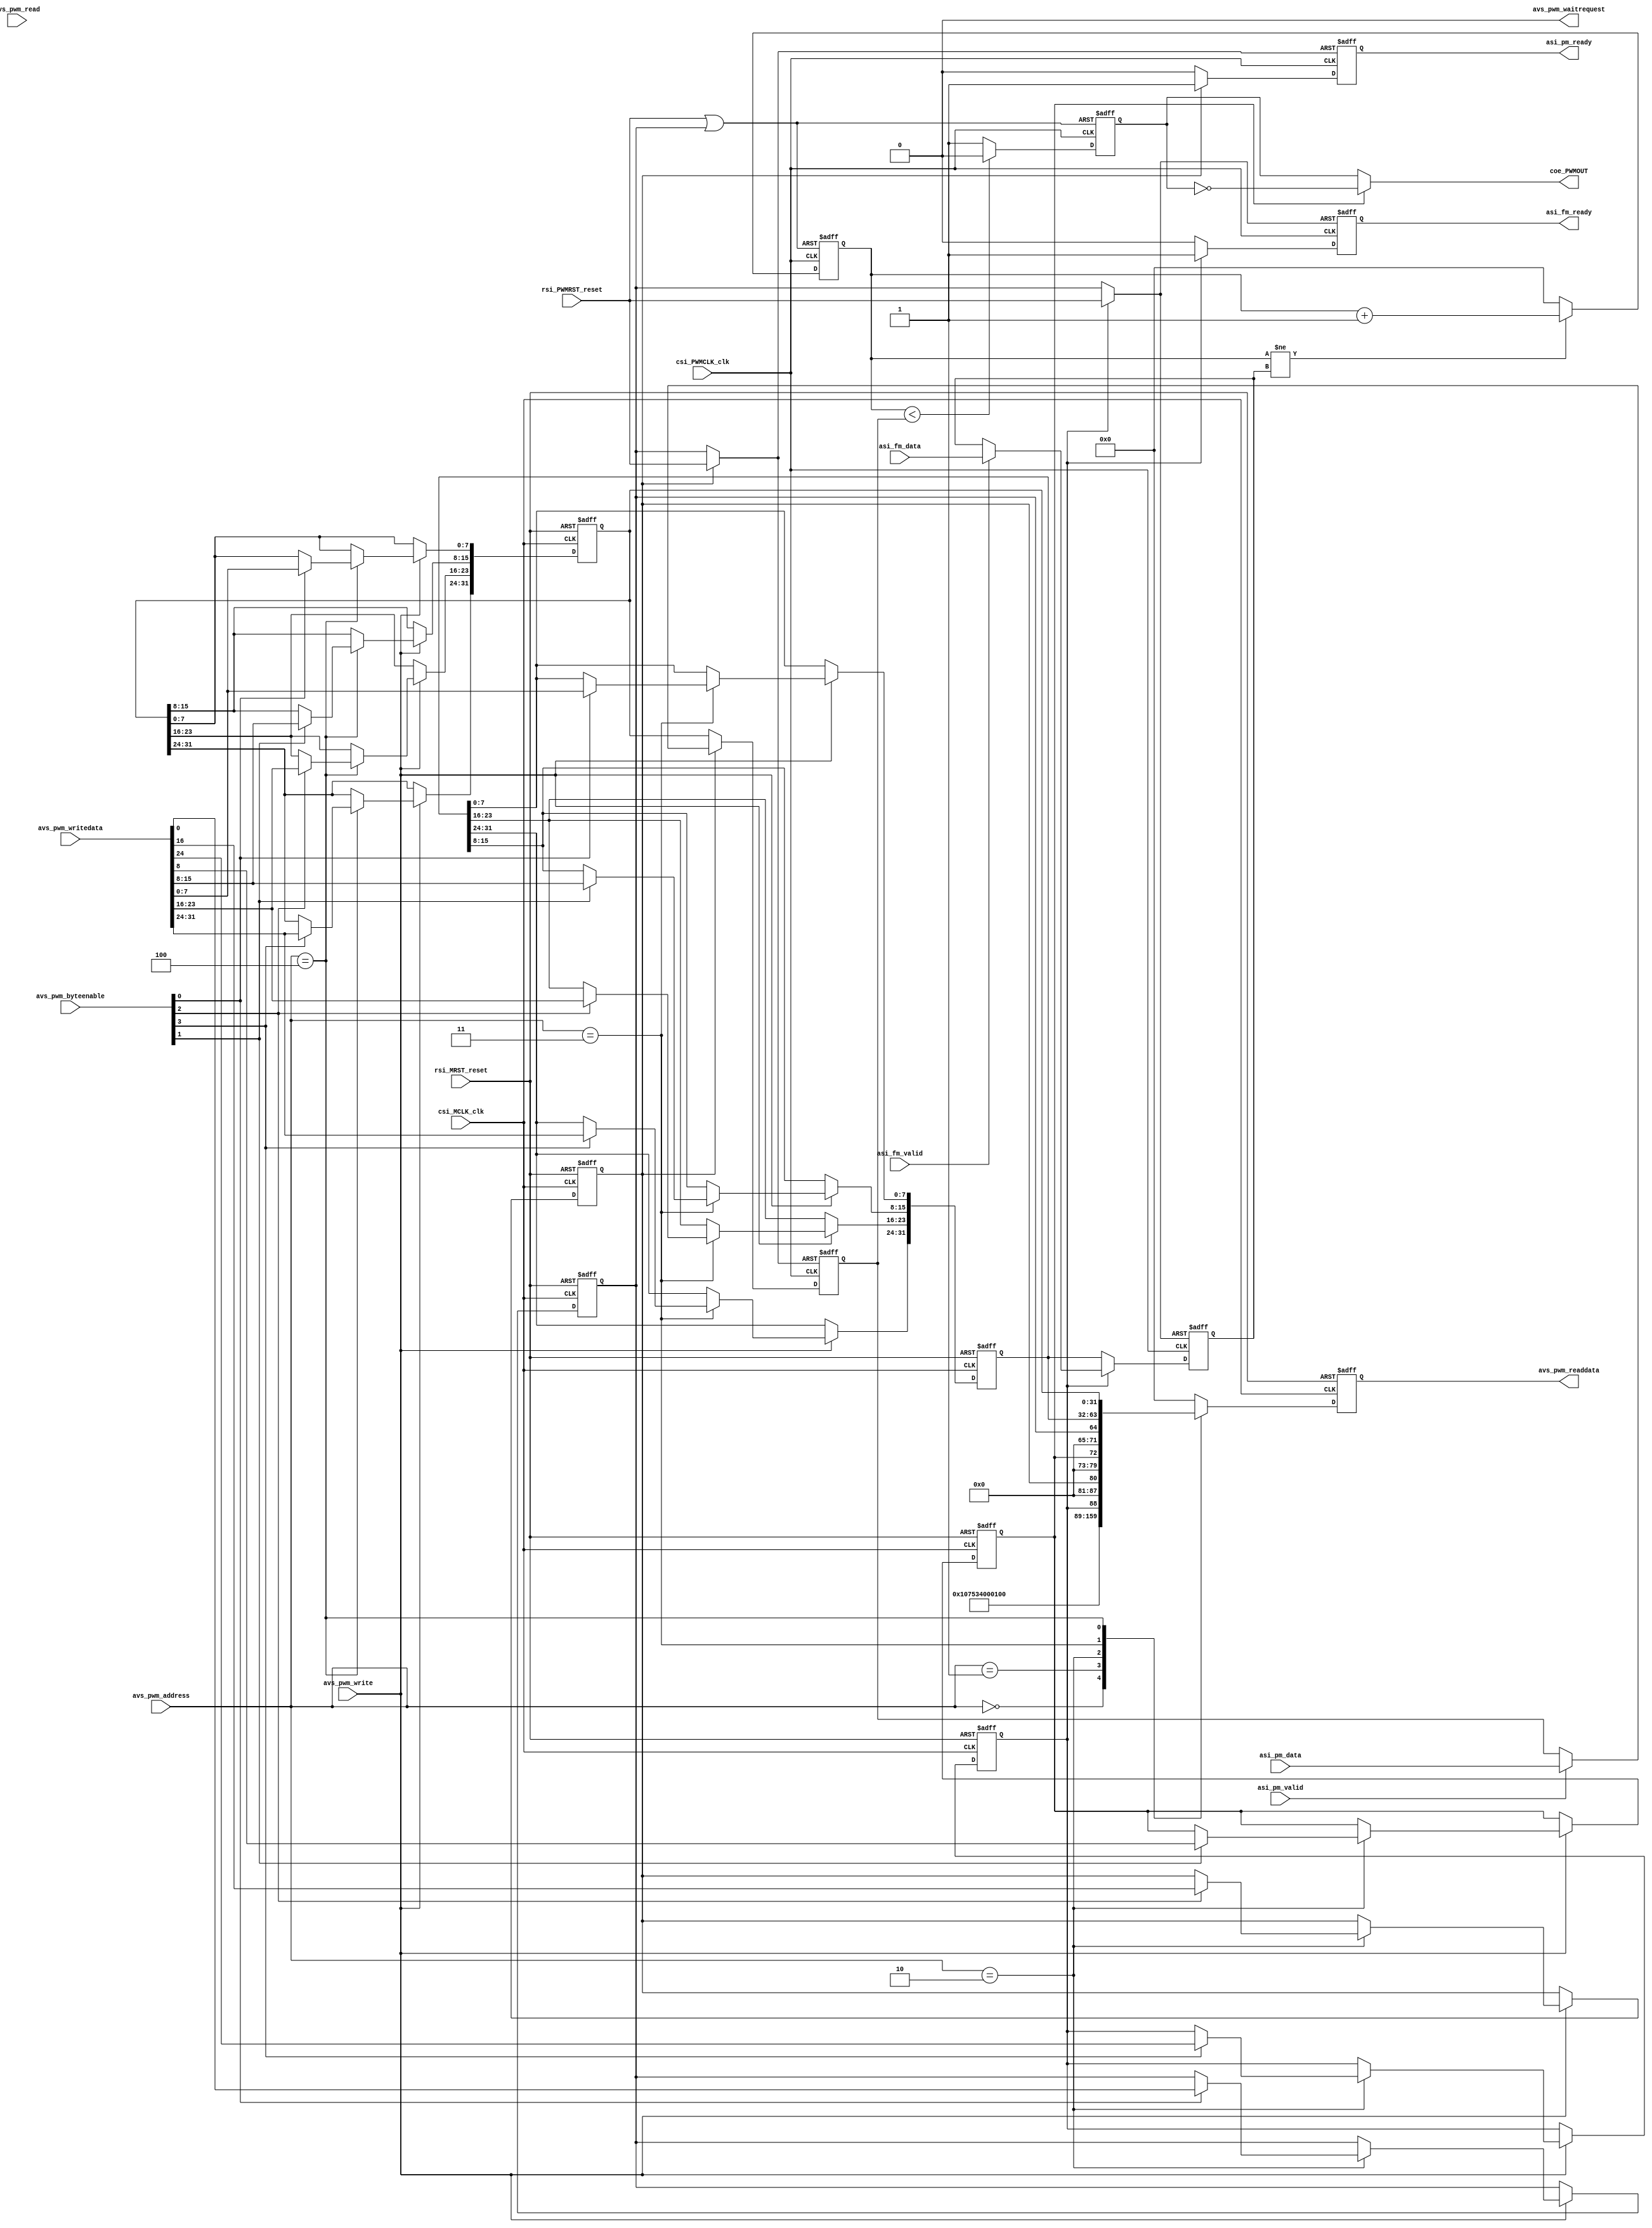
module grid_PWM(
input					rsi_MRST_reset,
input					csi_MCLK_clk,

input		[31:0]	avs_pwm_writedata,
output	[31:0]	avs_pwm_readdata,
input		[2:0]		avs_pwm_address,
input		[3:0]		avs_pwm_byteenable,
input					avs_pwm_write,
input					avs_pwm_read,
output				avs_pwm_waitrequest,

input					rsi_PWMRST_reset,
input					csi_PWMCLK_clk,

input		[31:0]	asi_fm_data,
input					asi_fm_valid,
output				asi_fm_ready,

input		[31:0]	asi_pm_data,
input					asi_pm_valid,
output				asi_pm_ready,

output				coe_PWMOUT
);

assign	avs_pwm_readdata = read_data;
assign	avs_pwm_waitrequest = 1'b0;
assign	asi_fm_ready = fm_ready;
assign	asi_pm_ready = pm_ready;
assign	coe_PWMOUT = (out_inv) ? ~pwm_out : pwm_out;

reg		[31:0]	read_data = 0;

reg					out_inv = 0;
reg					asi_gate_en = 0;
reg					asi_dtyc_en = 0;
reg					r_reset = 1;
reg		[31:0]	r_gate = 0;
reg		[31:0]	r_dtyc = 0;

/*
 * GRID_MOD_SIZE		0x0
 * GRID_MOD_ID			0x4
 * PWM_CTRL				0x8
 * PWM_PRD				0xC
 * PWM_DTYC				0x10
 */

always@(posedge csi_MCLK_clk or posedge rsi_MRST_reset)
begin
	if(rsi_MRST_reset) begin
		read_data <= 0;
	end
	else begin
		case(avs_pwm_address)
			0: read_data <= 32;
			1: read_data <= 32'hEA680002;
			2: read_data <= {7'b0, asi_gate_en, 7'b0, asi_dtyc_en, 7'b0, out_inv, 7'b0, r_reset};
			3: read_data <= r_gate;
			4: read_data <= r_dtyc;
			default: read_data <= 0;
		endcase
	end
end

always@(posedge csi_MCLK_clk or posedge rsi_MRST_reset)
begin
	if(rsi_MRST_reset) begin
		out_inv <= 0;
		asi_gate_en <= 0;
		asi_dtyc_en <= 0;
		r_reset <= 1;
		r_gate <= 0;
		r_dtyc <= 0;
	end
	else begin
		if(avs_pwm_write) begin
			case(avs_pwm_address)
				2: begin 
					if(avs_pwm_byteenable[3]) asi_gate_en <= avs_pwm_writedata[24];
					if(avs_pwm_byteenable[2]) asi_dtyc_en <= avs_pwm_writedata[16];
					if(avs_pwm_byteenable[1]) out_inv <= avs_pwm_writedata[8];
					if(avs_pwm_byteenable[0]) r_reset <= avs_pwm_writedata[0];
				end
				
				3: begin
					if(avs_pwm_byteenable[3]) r_gate[31:24] <= avs_pwm_writedata[31:24];
					if(avs_pwm_byteenable[2]) r_gate[23:16] <= avs_pwm_writedata[23:16];
					if(avs_pwm_byteenable[1]) r_gate[15:8] <= avs_pwm_writedata[15:8];
					if(avs_pwm_byteenable[0]) r_gate[7:0] <= avs_pwm_writedata[7:0];
				end
				
				4: begin
					if(avs_pwm_byteenable[3]) r_dtyc[31:24] <= avs_pwm_writedata[31:24];
					if(avs_pwm_byteenable[2]) r_dtyc[23:16] <= avs_pwm_writedata[23:16];
					if(avs_pwm_byteenable[1]) r_dtyc[15:8] <= avs_pwm_writedata[15:8];
					if(avs_pwm_byteenable[0]) r_dtyc[7:0] <= avs_pwm_writedata[7:0];
				end
	
				default: begin end
			endcase
		end
	end
end

wire					pwm_reset, pwm_gate_reset, pwm_dtyc_reset;

reg		[31:0]	pwm_gate = 0;
reg		[31:0]	pwm_dtyc = 0;
reg		[31:0]	pwm_cnt = 0;
reg					pwm_out = 0;

reg					fm_ready = 0;
reg					pm_ready = 0;

assign	pwm_reset = rsi_PWMRST_reset | r_reset;
assign	pwm_gate_reset = (asi_gate_en) ? rsi_PWMRST_reset : r_reset;
assign	pwm_dtyc_reset = (asi_dtyc_en) ? rsi_PWMRST_reset : r_reset;

always@(posedge csi_PWMCLK_clk or posedge pwm_reset)
begin
	if(pwm_reset) begin
		pwm_cnt <= 0;
		pwm_out <= 0;
	end
	else begin
		if(pwm_cnt != pwm_gate) pwm_cnt <= pwm_cnt + 1; else pwm_cnt <= 0;
		if(pwm_cnt < pwm_dtyc) pwm_out <= 0; else pwm_out <= 1;
	end
end

always@(posedge csi_PWMCLK_clk or posedge pwm_gate_reset)
begin
	if(pwm_gate_reset) begin
		pwm_gate <= 0;
		fm_ready <= 0;
	end
	else begin
		if(asi_gate_en) begin
			fm_ready <= 1;
			if(asi_fm_valid) pwm_gate <= asi_fm_data;
		end
		else begin
			fm_ready <= 0;
			pwm_gate <= r_gate;
		end
	end
end

always@(posedge csi_PWMCLK_clk or posedge pwm_dtyc_reset)
begin
	if(pwm_dtyc_reset) begin
		pwm_dtyc <= 0;
		pm_ready <= 0;
	end
	else begin
		if(asi_dtyc_en) begin
			pm_ready <= 1;
			if(asi_pm_valid) pwm_dtyc <= asi_pm_data;
		end
		else begin
			pm_ready <= 0;
			pwm_dtyc <= r_dtyc;
		end
	end
end

endmodule